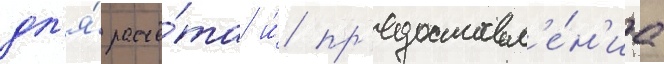
дл'я́ расчё́та и́ пр'едоставл'е́н'иа